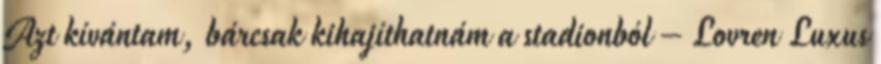
Azt kívántam, bárcsak kihajíthatnám a stadionból – Lovren Luxus